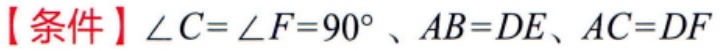
【条件】$\angle C = \angle F = 90^{\circ}、AB = DE、AC = DF$